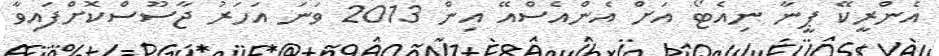
އެންރީކޭ ޕީނާ ނިއެޓޯ އަށް އެންއެސްއޭ އިން 2013 ވަނަ އަހަރު ޖާސޫސްކޮށްފައިވާ